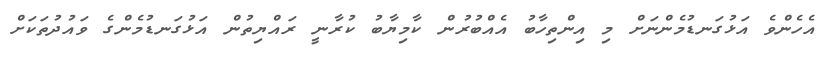
އެހެންވެ އަޅުގަނޑުމެންނަށް މި އިންތިހާބު އެއްބުރުން ކާމިޔާބު ކުރާނީ ރައްޔިތުން އަޅުގަނޑުމެންގެ ވައުދުތަކަށް